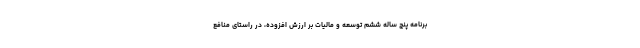
برنامه پنج ساله ششم توسعه و مالیات بر ارزش افزوده، در راستای منافع